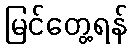
မြင်တွေ့ရန်